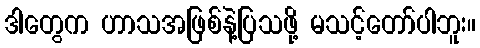
ဒါတွေက ဟာသအဖြစ်နဲ့ပြသဖို့ မသင့်တော်ပါဘူး။